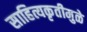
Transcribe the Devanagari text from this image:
साहित्यकृतीमुळे